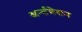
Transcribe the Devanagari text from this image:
अर्न्तवेशन